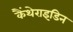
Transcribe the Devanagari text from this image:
कैंथेराइडिन